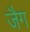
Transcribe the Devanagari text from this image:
जैग